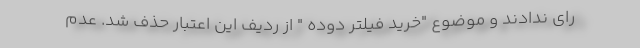
رای ندادند و موضوع "خرید فیلتر دوده " از ردیف این اعتبار حذف شد. عدم